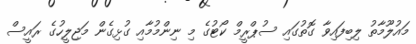
މައުލޫމާތު ލިބިފައިވާ ގޮތުގައި ސުޕްރީމް ކޯޓުގެ މި ނިންމުމާއި ގުޅިގެން މަޖިލީހުގެ ރައީސް